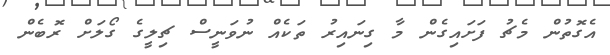
އެގޮތުން މެޗު ފަށައިގެން މާ ގިނައިރު ތަކެއް ނުވަނީސް ޗިލީގެ ގޯލަށް ރޮބެން